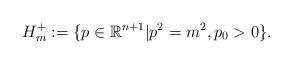
LaTeX: \begin{align*}H_{m}^{+}&: =\{p\in \mathbb{R}^{n+1}|p^2=m^2,p_0>0\}.\end{align*}